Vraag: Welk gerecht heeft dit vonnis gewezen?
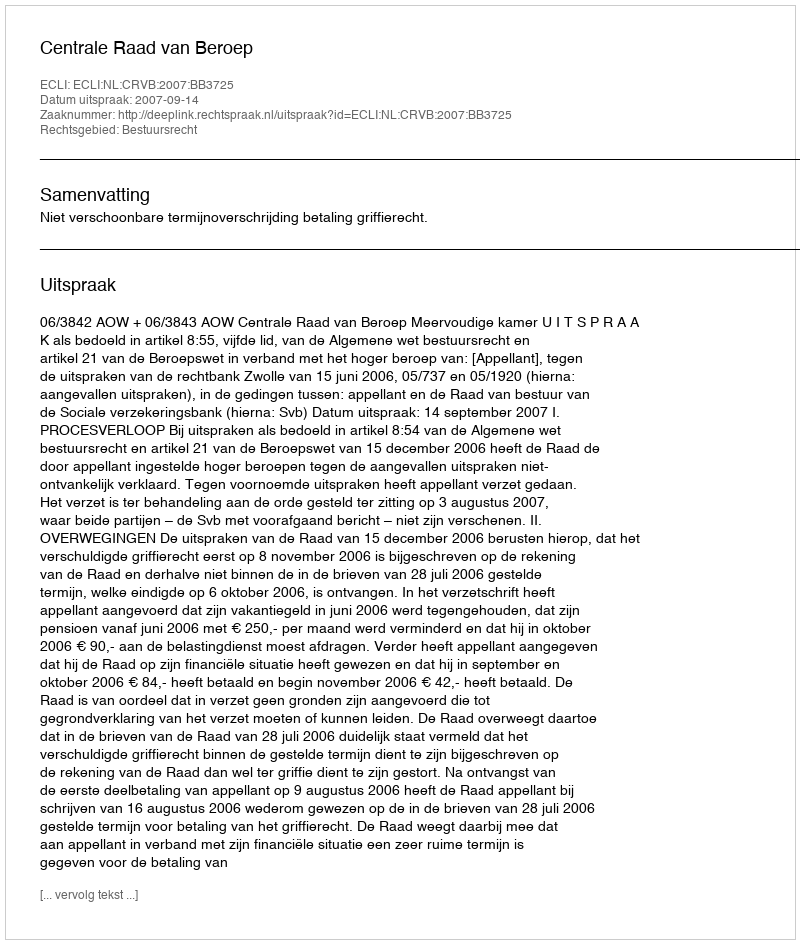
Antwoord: Centrale Raad van Beroep